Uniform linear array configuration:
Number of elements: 12
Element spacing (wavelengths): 0.5
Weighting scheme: exponential
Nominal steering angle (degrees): -30
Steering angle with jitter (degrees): -30.039
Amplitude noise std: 0.05
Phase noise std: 0.05

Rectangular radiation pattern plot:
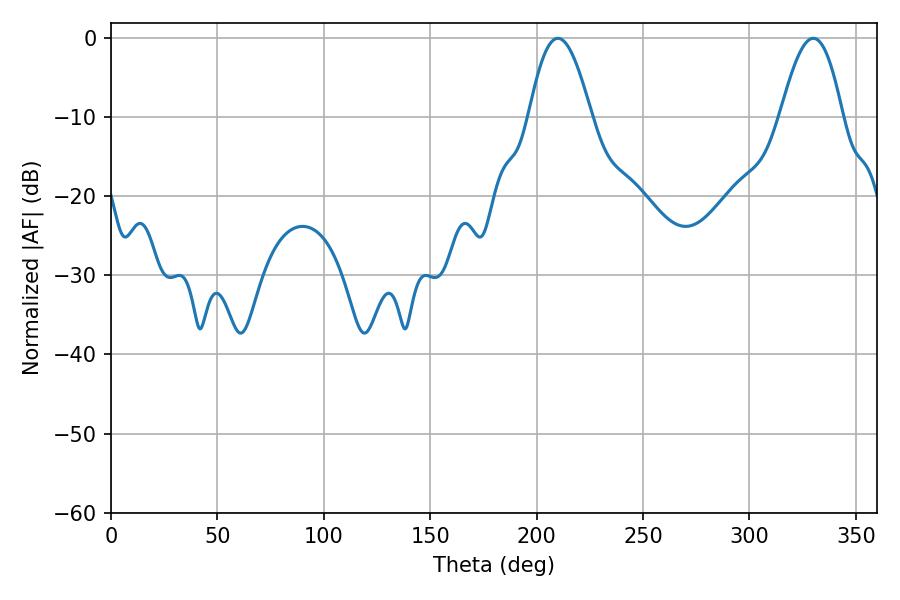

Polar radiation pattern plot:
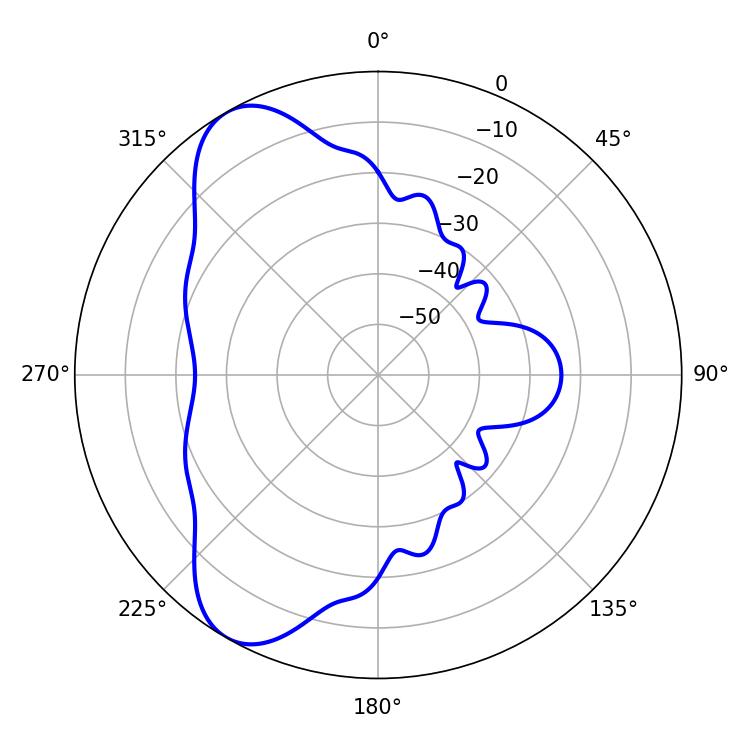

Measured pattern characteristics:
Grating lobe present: FALSE
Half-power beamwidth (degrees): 15.84
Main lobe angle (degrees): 210.06